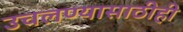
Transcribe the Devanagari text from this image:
उचलण्यासाठीही